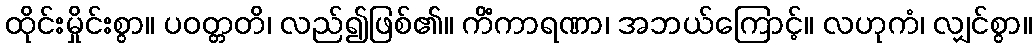
ထိုင်းမှိုင်းစွာ။ ပဝတ္တတိ၊ လည်၍ဖြစ်၏။ ကိံကာရဏာ၊ အဘယ်ကြောင့်။ လဟုကံ၊ လျှင်စွာ။